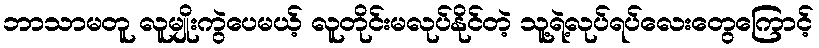
ဘာသာမတူ လူမျိုးကွဲပေမယ့် လူတိုင်းမလုပ်နိုင်တဲ့ သူ့ရဲ့လုပ်ရပ်လေးတွေကြောင့်